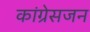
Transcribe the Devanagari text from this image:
कांग्रेसजन